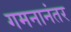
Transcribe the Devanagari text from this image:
गमनानंतर